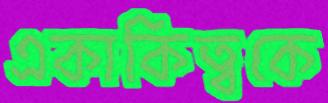
একাকিত্বকে